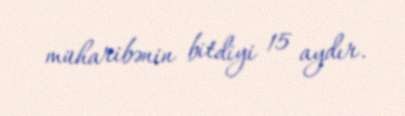
müharibənin bitdiyi 15 aydır.